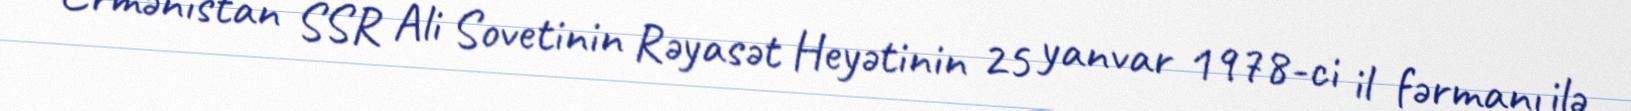
Ermənistan SSR Ali Sovetinin Rəyasət Heyətinin 25 yanvar 1978-ci il fərmanı ilə